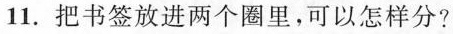
11.把书签放进两个圈里，可以怎样分?